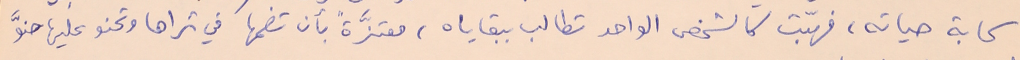
سحابة حياته، فهبّت كالشخص الواحد تطالب ببقاياه، معتزّةً بأن تضمها في ثراها وتحنو عليها حنوَّ